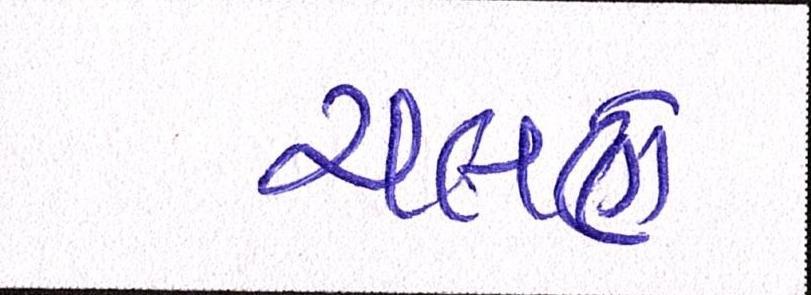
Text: ચલણે